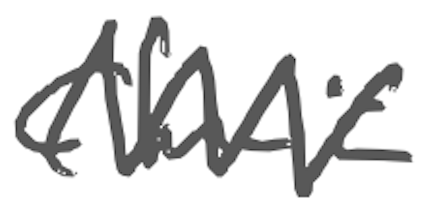
Text: clinic
Cross-out: zig-zag
Writing tool: digital_gray